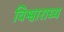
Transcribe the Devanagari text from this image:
विश्वाराध्य